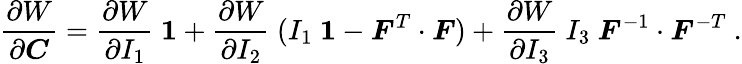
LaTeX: {\frac{\partial W}{\partial{\boldsymbol{C}}}}={\frac{\partial W}{\partial I_{1}}}~{\boldsymbol{\mathit{1}}}+{\frac{\partial W}{\partial I_{2}}}~(I_{1}~{\boldsymbol{\mathit{1}}}-{\boldsymbol{F}}^{T}\cdot{\boldsymbol{F}})+{\frac{\partial W}{\partial I_{3}}}~I_{3}~{\boldsymbol{F}}^{-1}\cdot{\boldsymbol{F}}^{-T}~.